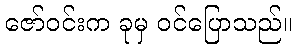
ဇော်ဝင်းက ခုမှ ဝင်ပြောသည်။